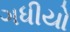
ગધીયો